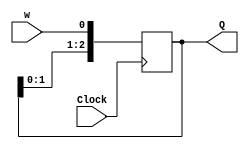
module shift3 (w, Clock, Q);
input w, Clock;
output reg [1:3] Q;

always @(posedge Clock)
begin
//Correct non-blocking assignment

Q[3] <= w;
Q[2] <= Q[3];
Q[1] <= Q[2];

//The following blocking assignments will produce a bug!
/*
Q[3] = w;
Q[2] = Q[3];
Q[1] = Q[2];
*/

end
endmodule